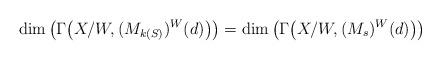
LaTeX: \begin{gather*} \dim\big(\Gamma\big(X/W,(M_{k(S)})^W(d)\big)\big) = \dim\big(\Gamma\big(X/W,(M_s)^W(d)\big)\big) \end{gather*}